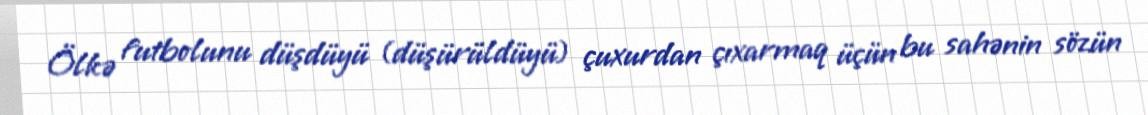
Ölkə futbolunu düşdüyü (düşürüldüyü) çuxurdan çıxarmaq üçün bu sahənin sözün